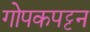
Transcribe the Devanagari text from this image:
गोपकपट्टन